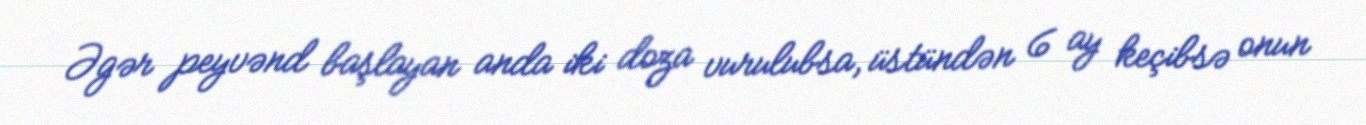
Əgər peyvənd başlayan anda iki doza vurulubsa, üstündən 6 ay keçibsə onun